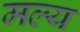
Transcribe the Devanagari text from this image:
मल्य